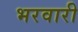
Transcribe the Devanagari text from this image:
भरवारी